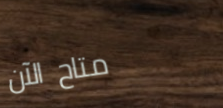
متاح الآن